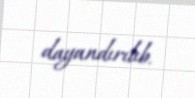
dayandırılıb.